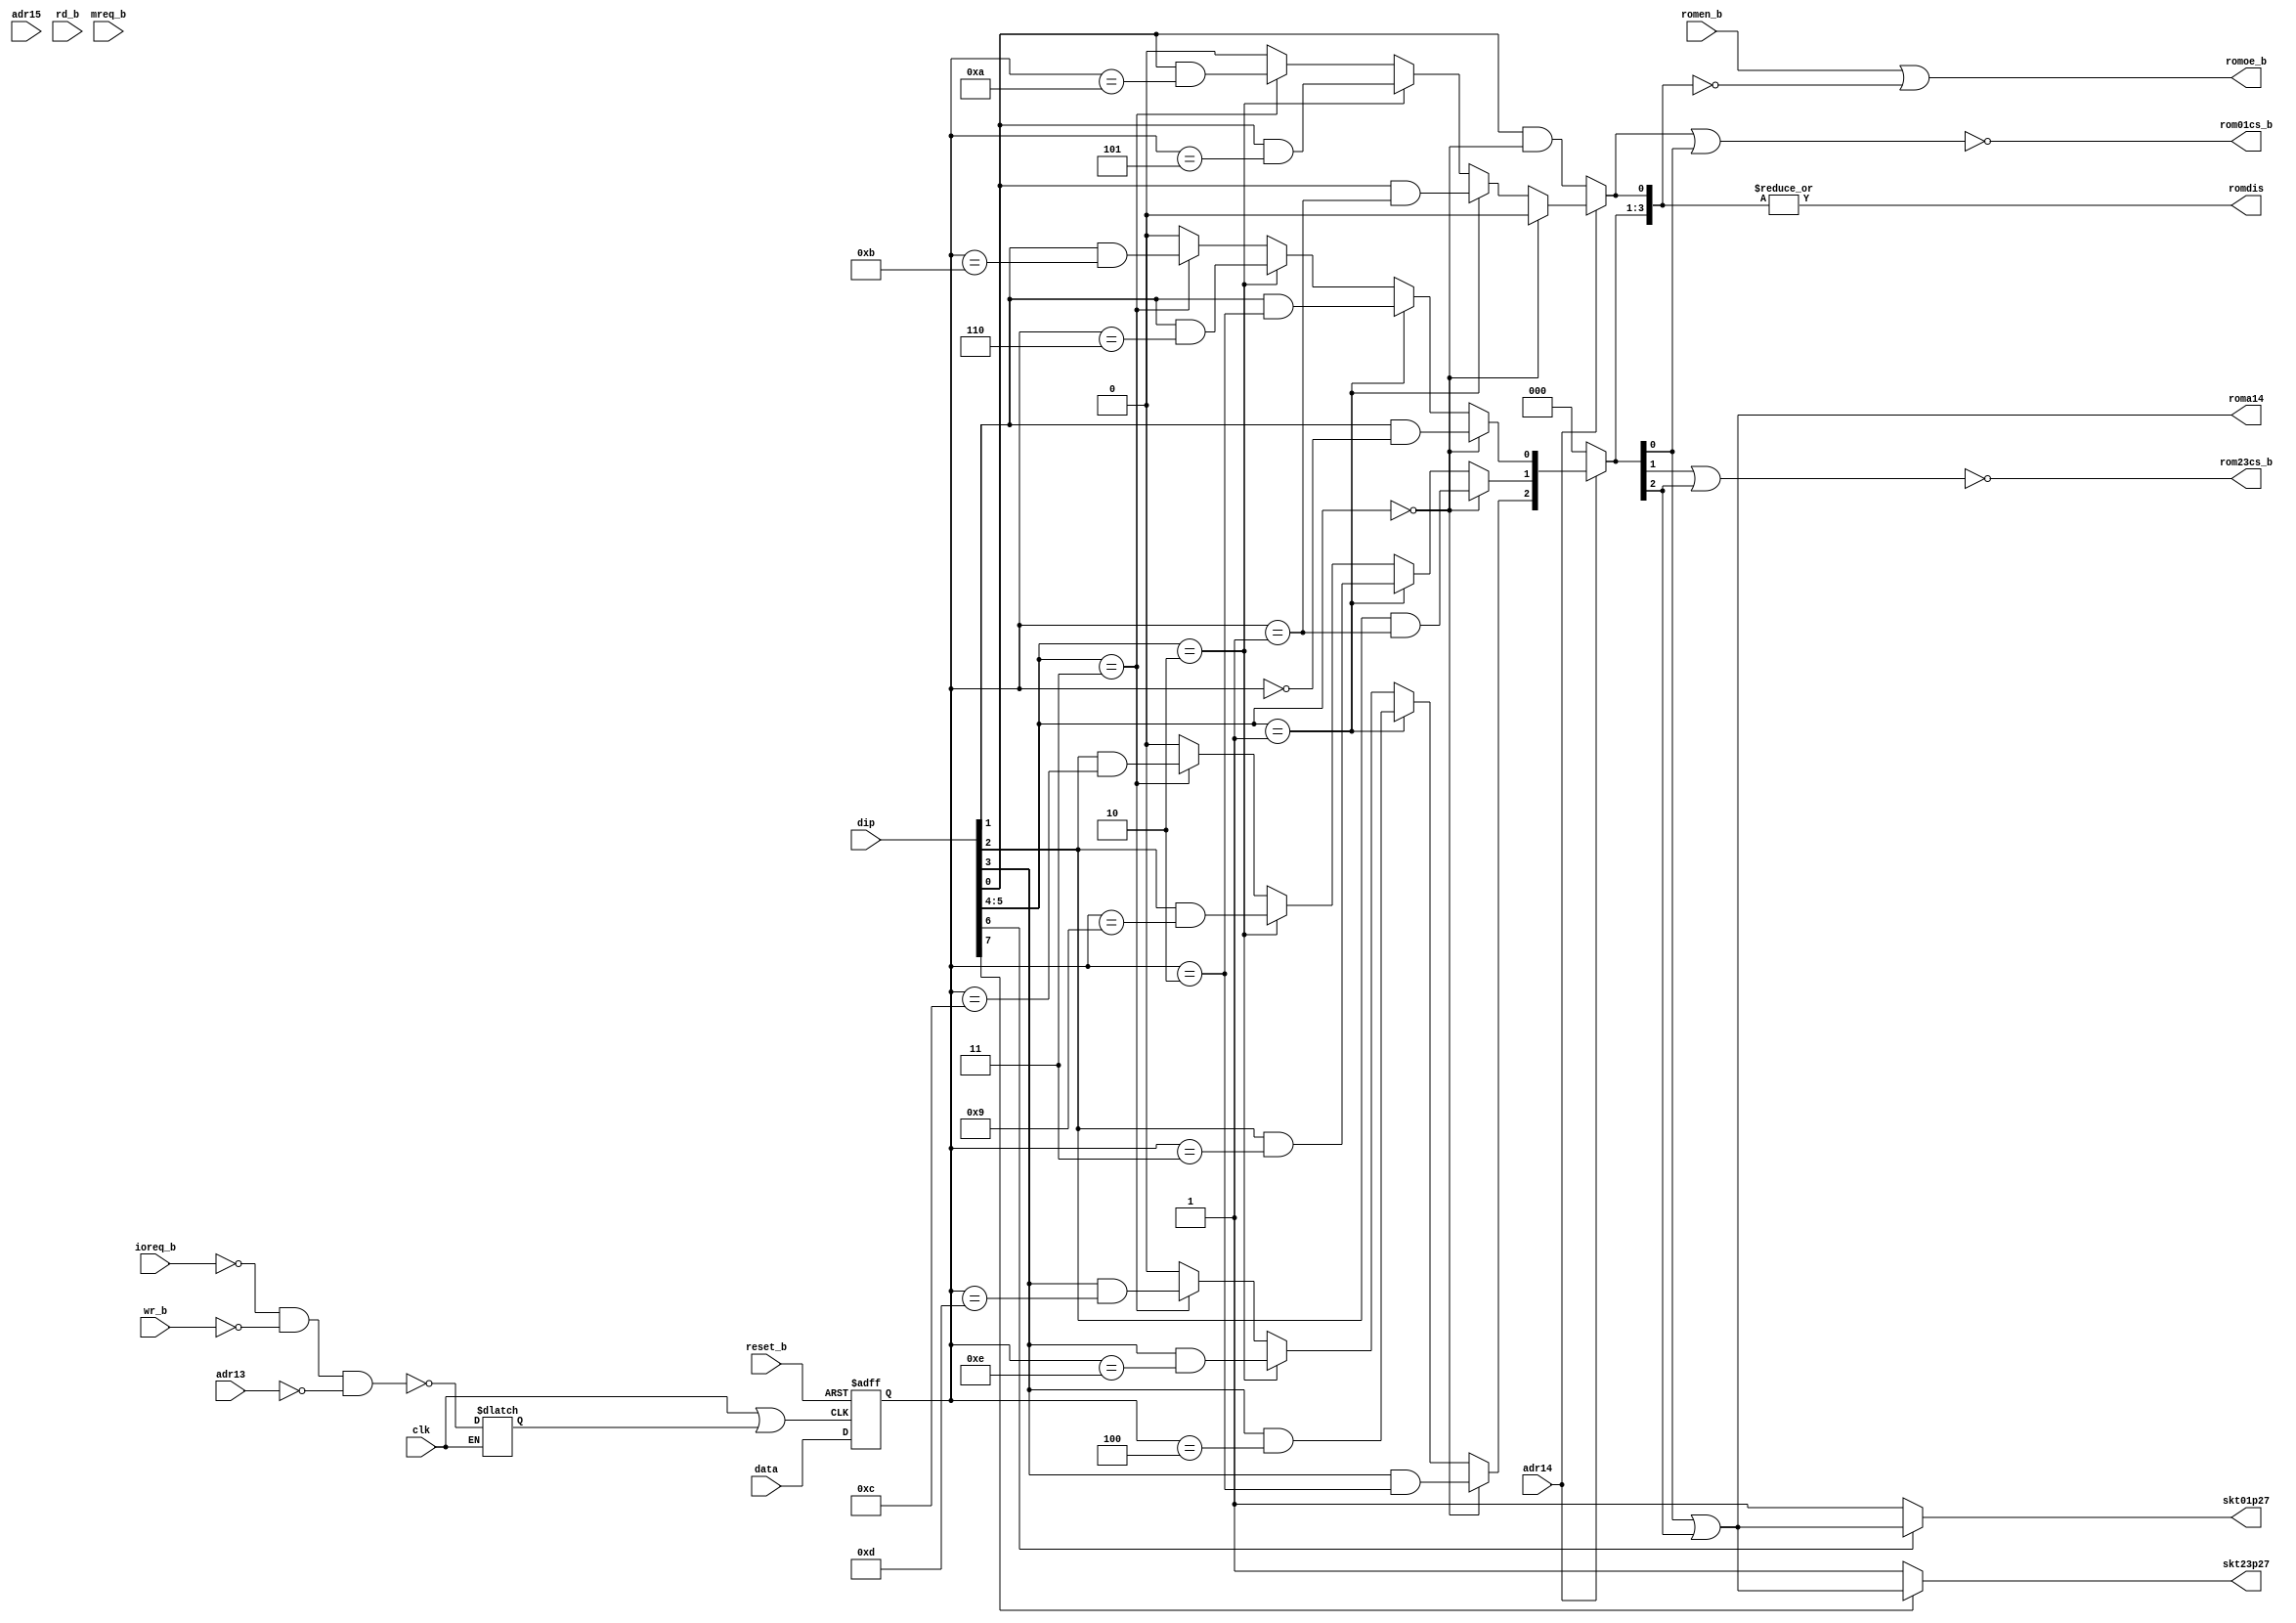
/*
 * This code is part of the cpc_ram_expansion set of Amstrad CPC peripherals.
 * https://github.com/revaldinho/cpc_ram_expansion
 * 
 * Copyright (C) 2018 Revaldinho
 *
 * This program is free software: you can redistribute it and/or modify
 * it under the terms of the GNU General Public License as published by
 * the Free Software Foundation, either version 3 of the License, or
 * (at your option) any later version.
 *
 * This program is distributed in the hope that it will be useful,
 * but WITHOUT ANY WARRANTY; without even the implied warranty of
 * MERCHANTABILITY or FITNESS FOR A PARTICULAR PURPOSE.  See the
 * GNU General Public License for more details.
 *
 * You should have received a copy of the GNU General Public License
 * along with this program.  If not, see <https://www.gnu.org/licenses/>.
 */
module cpld_fourrom(dip, reset_b,adr15,adr14,adr13,ioreq_b,mreq_b,romen_b,wr_b,rd_b,data,romdis,rom01cs_b,rom23cs_b, clk, romoe_b, skt01p27, skt23p27, roma14);


  input [7:0] dip;  
  input reset_b;
  input adr15;
  input adr14;
  input adr13;
  input ioreq_b;
  input mreq_b;
  input romen_b;
  input wr_b;
  input rd_b;
  input [7:0] data;
  input  clk;
  output romdis;
  output rom01cs_b;
  output rom23cs_b;
  output romoe_b;
  output skt01p27;
  output skt23p27;
  output roma14;
   
  
  reg       clken_lat_qb;
  reg [7:0] romsel_q;
  reg [3:0] rom16k_cs_r ;

  assign rom01cs_b = !(rom16k_cs_r[0] | rom16k_cs_r[1]) ;
  assign rom23cs_b = !(rom16k_cs_r[2] | rom16k_cs_r[3]) ;
  assign roma14    =   rom16k_cs_r[1] | rom16k_cs_r[3];

  assign skt01p27  = (!dip[6])?1'b1: roma14; 
  assign skt23p27  = (!dip[7])?1'b1: roma14; 

  assign romoe_b  =   romen_b | !rom16k_cs_r;
  assign romdis   = | rom16k_cs_r ;

  // DIP switches and numbered 1-8 on the board, but 0-7 in the Verilog code  
  // DIP 0 = enable lower ROM SKT01
  // DIP 1 = enable upper ROM SKT01
  // DIP 2 = enable lower ROM SKT23    
  // DIP 3 = enable upper ROM SKT23
  // DIP 54 =  00 : LOW ROM + ROMS 0-2
  // DIP 54 =  01 : ROMS 1-4
  // DIP 54 =  10 : ROMS 5,6,9,14
  // DIP 54 =  11 : ROMS 10-13  [FutureOS]
  // DIP 6  = select 32K EPROM in Skt01 - Care will wipe EEPROM if present 
  // DIP 7  = select 32K EPROM in Skt02 - Care will wipe EEPROM if present 
  
  // Create neg edge clock on IO write event - clock low pulse will be suppressed if not an IOWR* event
  // but if the pulse is allowed through use the trailing (rising) edge to capture data
  wire      wclk    = !(clk|clken_lat_qb); 

  always @ ( * )
    if ( clk )
      clken_lat_qb <= !(!ioreq_b && !wr_b && !adr13);

   
  always @ (negedge reset_b or posedge wclk )
    if ( !reset_b)
      romsel_q <= 8'b0;
    else
      romsel_q <= data; 

  always @ ( * ) 
    begin
      rom16k_cs_r = 4'b0;
      
      if (!adr14)
        rom16k_cs_r[0] = ( dip[0] & (dip[5:4]==2'b0));
      else
        if ( dip[5:4]== 2'h0 ) begin
          rom16k_cs_r[0] = 1'b0;          
          rom16k_cs_r[1] = dip[1] & ( romsel_q == 8'h00 ) ;
          rom16k_cs_r[2] = dip[2] & ( romsel_q == 8'h01 ) ;
          rom16k_cs_r[3] = dip[3] & ( romsel_q == 8'h02 ) ;
        end
        else if ( dip[5:4]== 2'h1 ) begin
          rom16k_cs_r[0] = dip[0] & ( romsel_q == 8'h01 ) ;
          rom16k_cs_r[1] = dip[1] & ( romsel_q == 8'h02 ) ;
          rom16k_cs_r[2] = dip[2] & ( romsel_q == 8'h03 ) ;
          rom16k_cs_r[3] = dip[3] & ( romsel_q == 8'h04 ) ;
        end
        else if ( dip[5:4]== 2'h2 ) begin
          rom16k_cs_r[0] = dip[0] & ( romsel_q == 8'h05 ) ;
          rom16k_cs_r[1] = dip[1] & ( romsel_q == 8'h06 ) ;
          rom16k_cs_r[2] = dip[2] & ( romsel_q == 8'h09 ) ;
          rom16k_cs_r[3] = dip[3] & ( romsel_q == 8'h0E ) ;
        end
        else if ( dip[5:4]== 2'h3 ) begin
          rom16k_cs_r[0] = dip[0] & ( romsel_q == 8'h0A ) ;
          rom16k_cs_r[1] = dip[1] & ( romsel_q == 8'h0B ) ;
          rom16k_cs_r[2] = dip[2] & ( romsel_q == 8'h0C ) ;
          rom16k_cs_r[3] = dip[3] & ( romsel_q == 8'h0D ) ;
        end
    end // always @ ( * )
  
          
  
endmodule